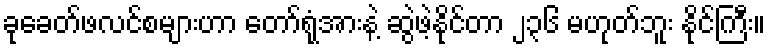
ခုခေတ်ဖလင်စများဟာ တော်ရုံအားနဲ့ ဆွဲဖဲ့နိုင်တာ ၂၃၆ မဟုတ်ဘူး နိုင်ကြီး။